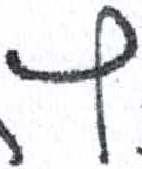
אות: ץ